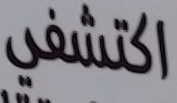
اكتشفي